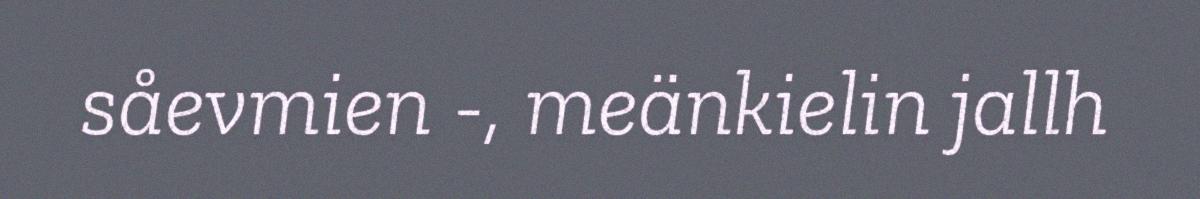
såevmien -, meänkielin jallh